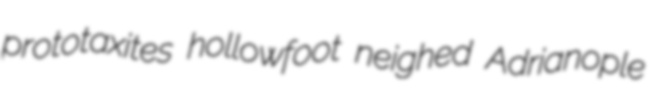
prototaxites hollowfoot neighed Adrianople